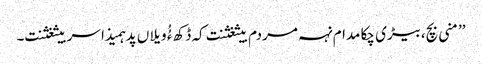
’’منی بچ،بیڑی چکا مدام نہہ مردم بیثغثنت کہ ڈکھ ءُُ ویلاں پد ہمیذا سربیثغثنت۔